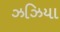
ઝઝિયા